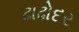
ઢાઢોદર